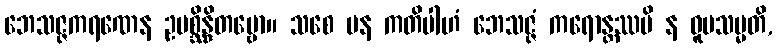
ဘေသဇ္ဇကရဏေန ဥပစ္ဆိန္ဒိတဗ္ဗော။ သစေ ပန ကတိပါဟံ ဘေသဇ္ဇံ ကရောန္တဿပိ န ဝူပသမ္မတိ,